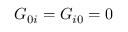
G _ { 0 i } = G _ { i 0 } = 0